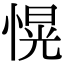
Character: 愰